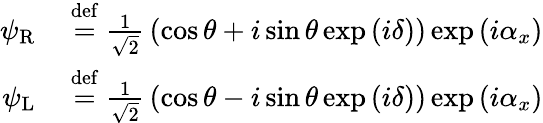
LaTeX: {\begin{array}{rl}{\psi_{\mathrm{R}}~}&{{\stackrel{\mathrm{def}}{=}}~{\frac{1}{\sqrt{2}}}\left(\cos\theta+i\sin\theta\exp\left(i\delta\right)\right)\exp\left(i\alpha_{x}\right)}\\ {\psi_{\mathrm{L}}~}&{{\stackrel{\mathrm{def}}{=}}~{\frac{1}{\sqrt{2}}}\left(\cos\theta-i\sin\theta\exp\left(i\delta\right)\right)\exp\left(i\alpha_{x}\right)}\end{array}}